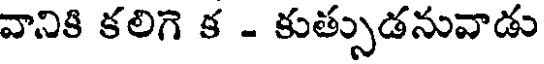
వానికి కలిగె క - కుత్సుడనువాడు